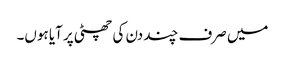
میں صرف چند دن کی چھٹی پر آیا ہوں۔